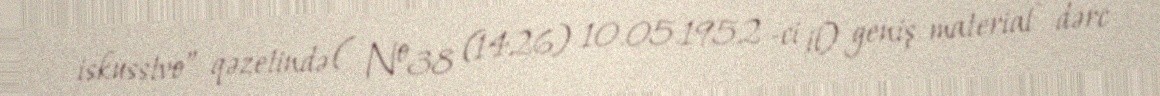
iskusstvo” qəzetində ( №38 (1426) 10.05.1952 -ci il) geniş material dərc